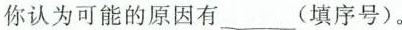
你认为可能的原因有___(填序号)。